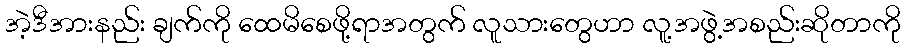
အဲ့ဒီအားနည်း ချက်ကို ထေမိစေဖို့ရာအတွက် လူသားတွေဟာ လူ့အဖွဲ့အစည်းဆိုတာကို